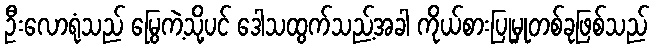
ဦးလောရုံသည် မြွေကဲ့သို့ပင် ဒေါသထွက်သည့်အခါ ကိုယ်စားပြုမှုတစ်ခုဖြစ်သည်